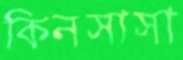
কিনসাসা